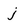
Character: j